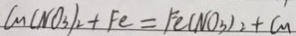
C n ( N O _ { 3 } ) _ { 2 } + F e = F e ( N O _ { 3 } ) _ { 2 } + C n